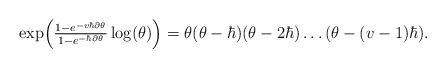
LaTeX: \begin{align*}\exp\Bigl(\tfrac{1-e^{-v\hbar\partial\theta}}{1-e^{-\hbar\partial\theta}}\log(\theta)\Bigr)=\theta(\theta-\hbar)(\theta-2\hbar)\dots(\theta-(v-1)\hbar).\end{align*}